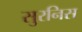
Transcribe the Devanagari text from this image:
सुरनिस